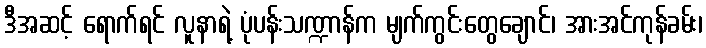
ဒီအဆင့် ရောက်ရင် လူနာရဲ့ ပုံပန်းသဏ္ဍာန်က မျက်ကွင်းတွေချောင်၊ အားအင်ကုန်ခမ်း၊